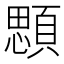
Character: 顋